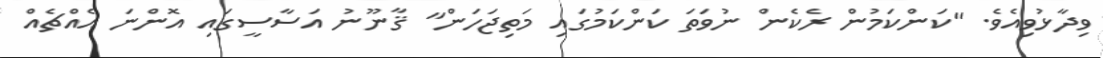
ވިދާޅުވިއެވެ. "ކަންކަމުން ރެކެން ނުވަތަ ކަންކަމުގައި މަތިޖަހަން" ޤާނޫނު އަސާސީގައި އޮންނަ އެއްޗެއް